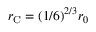
r _ { \mathrm { C } } = ( 1 / 6 ) ^ { 2 / 3 } r _ { 0 }